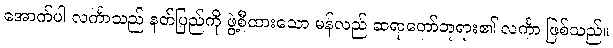
အောက်ပါ လင်္ကာသည် နတ်ပြည်ကို ဖွဲ့စီထားသော မန်လည် ဆရာတော်ဘုရား၏ လင်္ကာ ဖြစ်သည်။